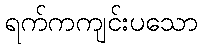
ရက်ကကျင်းပသော